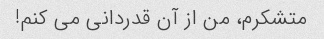
متشکرم، من از آن قدردانی می کنم!